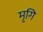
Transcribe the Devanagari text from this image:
मृगि